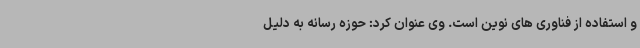
و استفاده از فناوری های نوین است. وی عنوان کرد: حوزه رسانه به دلیل